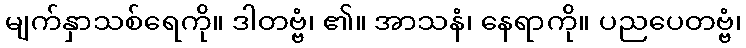
မျက်နှာသစ်ရေကို။ ဒါတဗ္ဗံ၊ ၏။ အာသနံ၊ နေရာကို။ ပညပေတဗ္ဗံ၊